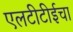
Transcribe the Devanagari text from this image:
एलटीटीईचा